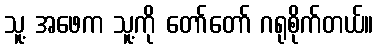
သူ့ အဖေက သူ့ကို တော်တော် ဂရုစိုက်တယ်။